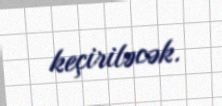
keçiriləcək.